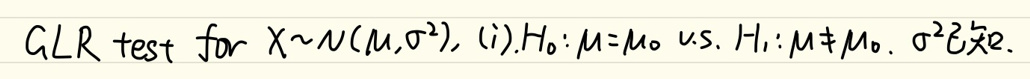
\(GLR\ test\ for\ X \sim N(\mu,\sigma^2), (i)H_0: \mu = \mu_0\ vs. H_1: \mu \neq \mu_0, \sigma^2\ fixed.\)